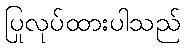
ပြုလုပ်ထားပါသည်